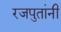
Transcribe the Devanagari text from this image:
रजपुतांनी